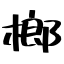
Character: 榔